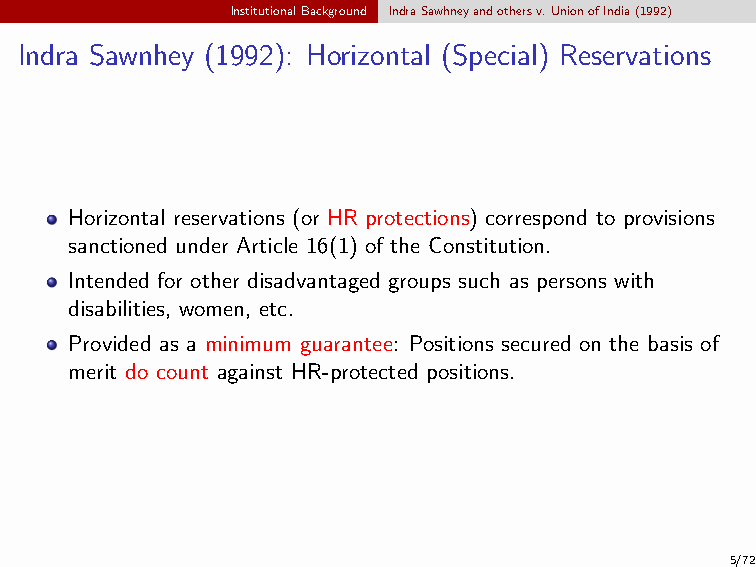
InstitutionalBackground IndraSawhneyandothersv.UnionofIndia(1992)
 Indra Sawnhey (1992): Horizontal (Special) Reservations
 Horizontal reservations (or HR protections) correspond to provisions
 sanctioned under Article 16(1) of the Constitution.
 Intended for other disadvantaged groups such as persons with
 disabilities, women, etc.
 Provided as a minimum guarantee: Positions secured on the basis of
 merit do count against HR-protected positions.
 5/72